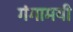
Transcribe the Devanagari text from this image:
गंगामयी